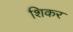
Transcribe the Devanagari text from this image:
शिकर